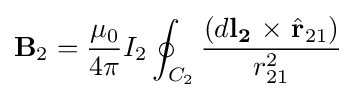
\mathbf {B} _{2}={\frac {\mu _{0}}{4\pi }}I_{2}\oint _{C_{2}}{\frac {(d\mathbf {l_{2}} \ \mathbf {\times } \ {\hat {\mathbf {r} }}_{21})}{r_{21}^{2}}}